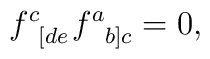
f_{\;\;\left[ de\right. }^{c}f_{\;\;\left. b\right] c}^{a}=0,